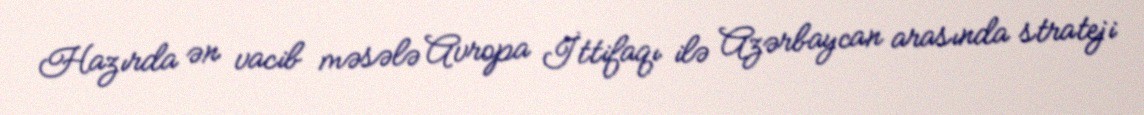
Hazırda ən vacib məsələ Avropa İttifaqı ilə Azərbaycan arasında strateji